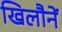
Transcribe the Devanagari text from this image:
खिलौनें